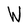
Character: W